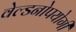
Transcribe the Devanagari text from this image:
वेल्डनोपयोगी